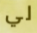
لي